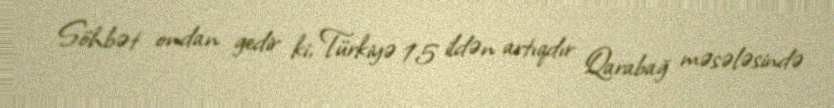
Söhbət ondan gedir ki, Türkiyə 15 ildən artıqdır Qarabağ məsələsində